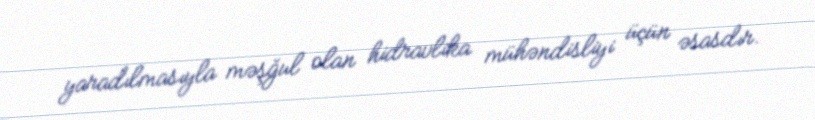
yaradılmasıyla məşğul olan hidravlika mühəndisliyi üçün əsasdır.